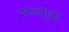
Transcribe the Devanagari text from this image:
गरूडमूर्ती